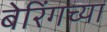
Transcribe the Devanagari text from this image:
बेरिंगच्या